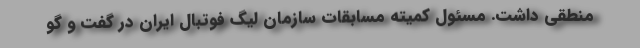
منطقی داشت. مسئول کمیته مسابقات سازمان لیگ فوتبال ایران در گفت و گو